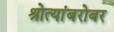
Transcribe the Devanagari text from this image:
श्रोत्यांबरोबर